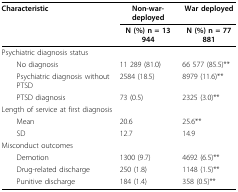
<table><thead><tr><td><b>Characteristic</b></td><td><b>Non-war-deployed</b></td><td><b>War deployed</b></td></tr><tr><td></td><td><b>N (%) n = 13 944</b></td><td><b>N (%) n = 77 881</b></td></tr></thead><tbody><tr><td>Psychiatric diagnosis status</td><td></td><td></td></tr><tr><td> No diagnosis</td><td>11 289 (81.0)</td><td>66 577 (85.5)**</td></tr><tr><td> Psychiatric diagnosis without PTSD</td><td>2584 (18.5)</td><td>8979 (11.6)**</td></tr><tr><td> PTSD diagnosis</td><td>73 (0.5)</td><td>2325 (3.0)**</td></tr><tr><td>Length of service at first diagnosis</td><td></td><td></td></tr><tr><td> Mean</td><td>20.6</td><td>25.6**</td></tr><tr><td> SD</td><td>12.7</td><td>14.9</td></tr><tr><td>Misconduct outcomes</td><td></td><td></td></tr><tr><td> Demotion</td><td>1300 (9.7)</td><td>4692 (6.5)**</td></tr><tr><td> Drug-related discharge</td><td>250 (1.8)</td><td>1148 (1.5)**</td></tr><tr><td> Punitive discharge</td><td>184 (1.4)</td><td>358 (0.5)**</td></tr></tbody></table>